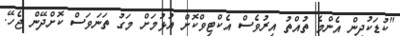
"ކުޑަކުދިން އެންމެ ތުއްތު އިރުވެސް އެކްޓިވްކޮށް އުޅުމަށް މަގު ތަނަވަސް ކޮށްދޭން ޖެހޭ.